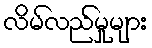
လိမ်လည်မှုများ